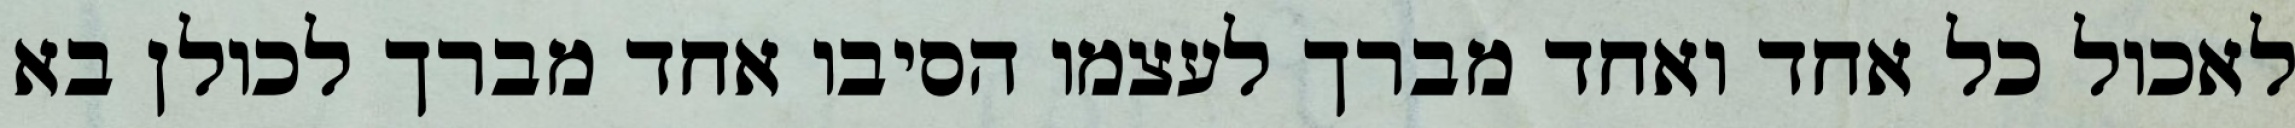
לאכול כל אחד ואחד מברך לעצמו הסיבו אחד מברך לכולן בא